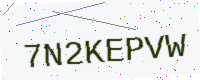
Text: 7N2KEPVW